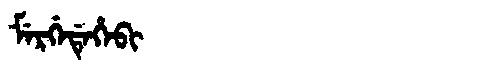
Manchu: ᠮᡝᡵᡤᡝᡩᡝᡥᡝᠪᡳ
Romanization: MERGEDEHEBI